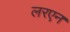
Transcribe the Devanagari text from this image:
लरएन